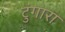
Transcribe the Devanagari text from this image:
टुंगारा